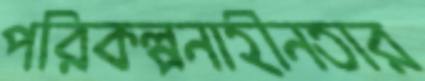
পরিকল্পনাহীনতার